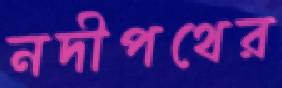
নদীপথের